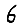
Digit: 6